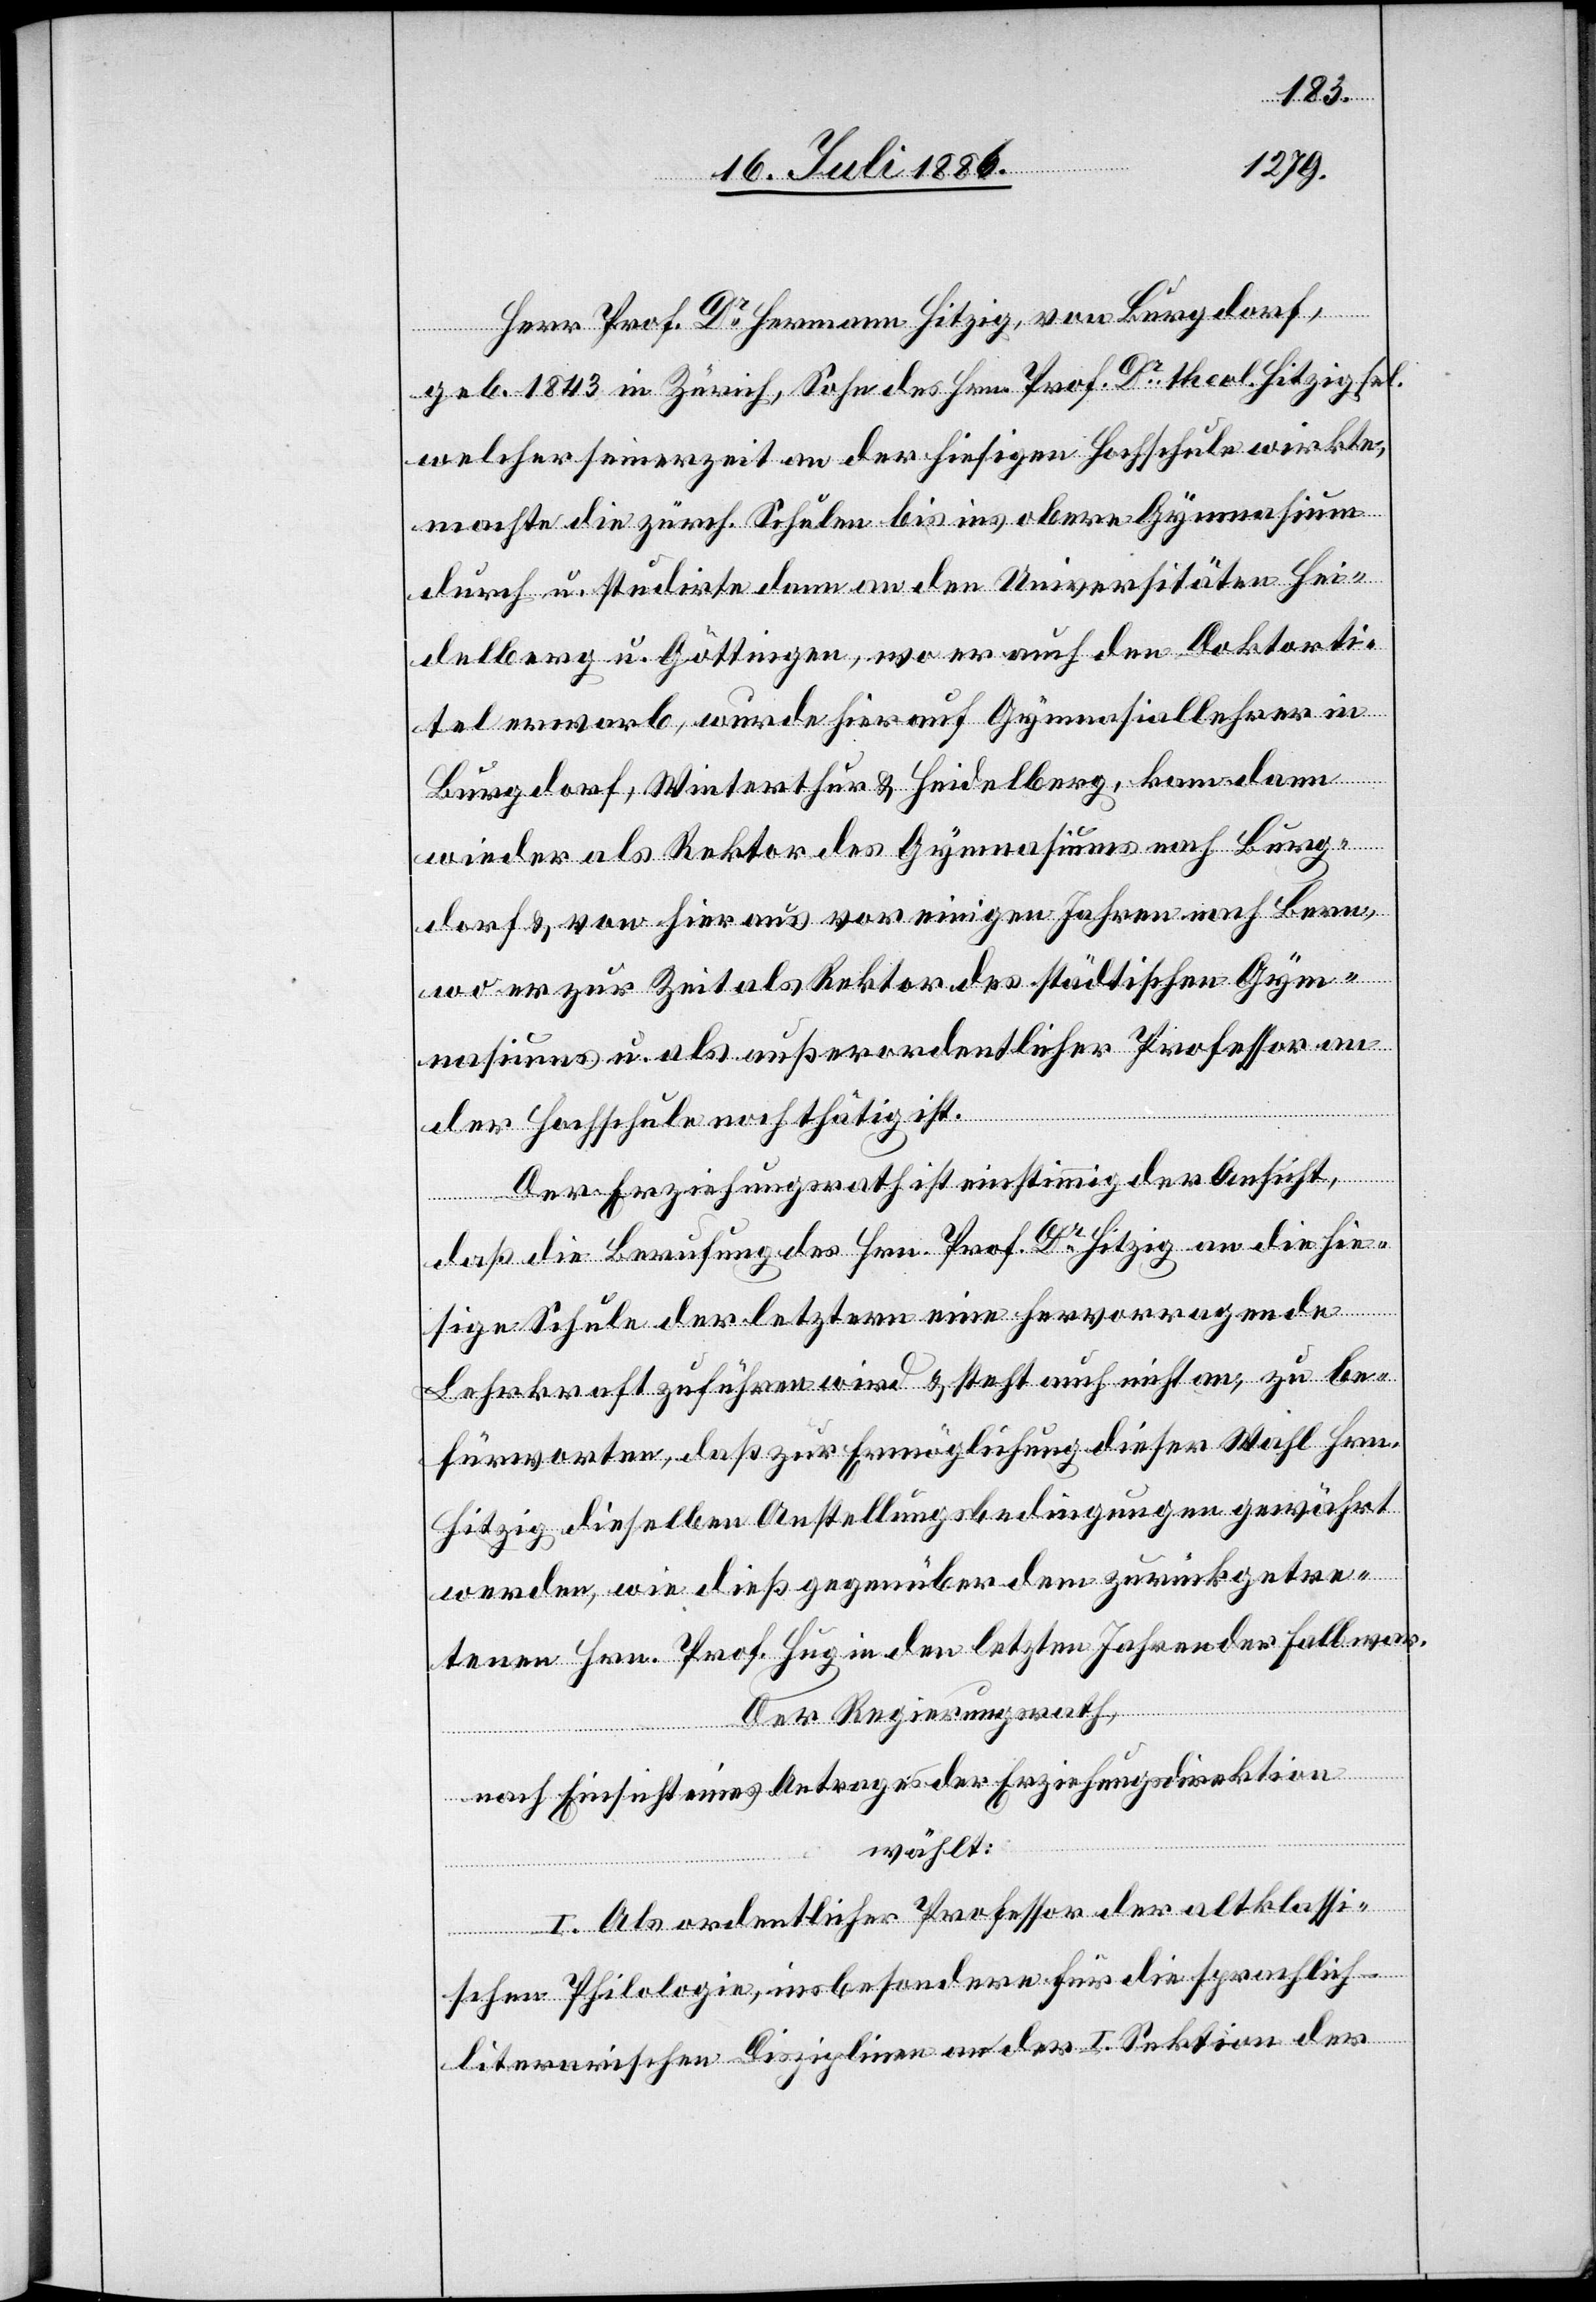
Herr Prof. Dr Hermann Hitzig, von Burgdorf,
geb. 1853 in Zürich, Sohn des Hrn. Prof. Dr theol. Hitzig sel.
welcher seinerzeit an der hiesigen Hochschule wirkte,
machte die zürch. Schulen bis ins obere Gymnasium
durch u. studirte dann an den Universitäten Hei¬
delberg u. Göttingen, wo er auch den Doktorti¬
tel erwarb, wurde hierauf Gymnasiallehrer in
Burgdorf, Winterthur & Heidelberg, kam dann
wieder als Rektor des Gymnasiums nach Burg¬
dorf & von hier aus vor einigen Jahren nach Bern,
wo er zur Zeit als Rektor des städtischen Gym¬
nasiums u. als außerordentlicher Professor an
der Hochschule noch thätig ist.
Der Erziehungsrath ist einstimmig der Ansicht,
daß die Berufung des Hrn. Prof. Dr Hitzig an die hie¬
sige Schule der letztern eine hervorragende
Lehrkraft zuführen wird & steht auch nicht an, zu be¬
fürworten, daß zur Ermöglichung dieser Wahl Hrn.
Hitzig dieselben Anstellungsbedingungen gewährt
werden, wie dieß gegenüber dem zurückgetre¬
tenen Hrn. Prof. Hug in den letzten Jahren der Fall war.
Der Regierungsrath,
nach Einsicht eines Antrages der Erziehungsdirektion,
wählt:
I. Als ordentlicher Professor der altklassi¬
schen Philologie, insbesondere für die sprachlich-l¬
iterarischen Disziplinen an der I. Sektion der